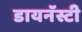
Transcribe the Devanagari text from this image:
डायनॅस्टी